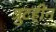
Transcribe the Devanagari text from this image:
त्रुटहीन